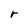
Character: r